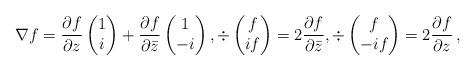
LaTeX: \begin{align*}\nabla f = \dfrac{\partial f}{\partial z}\begin{pmatrix}1\\i\end{pmatrix} + \dfrac{\partial f}{\partial \bar z}\begin{pmatrix}1\\-i\end{pmatrix},\div\begin{pmatrix}f\\i f\end{pmatrix}=2\dfrac{\partial f}{\partial \bar z},\div\begin{pmatrix}f\\-i f\end{pmatrix}=2\dfrac{\partial f}{\partial z}\,,\end{align*}